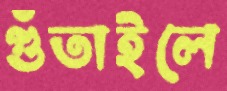
গুঁতাইলে